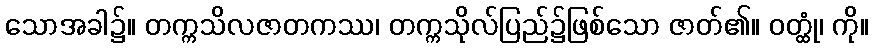
သောအခါ၌။ တက္ကသိလဇာတကဿ၊ တက္ကသိုလ်ပြည်၌ဖြစ်သော ဇာတ်၏။ ဝတ္ထုံ၊ ကို။